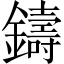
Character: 鑄